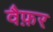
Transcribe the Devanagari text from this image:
वैफ़र